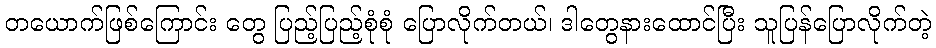
တယောက်ဖြစ်ကြောင်း တွေ ပြည့်ပြည့်စုံစုံ ပြောလိုက်တယ်၊ ဒါတွေနားထောင်ပြီး သူပြန်ပြောလိုက်တဲ့